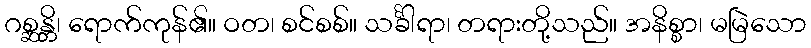
ဂစ္ဆန္တိ၊ ရောက်ကုန်၏။ ဝတ၊ စင်စစ်။ သင်္ခါရာ၊ တရားတို့သည်။ အနိစ္စာ၊ မမြဲသော